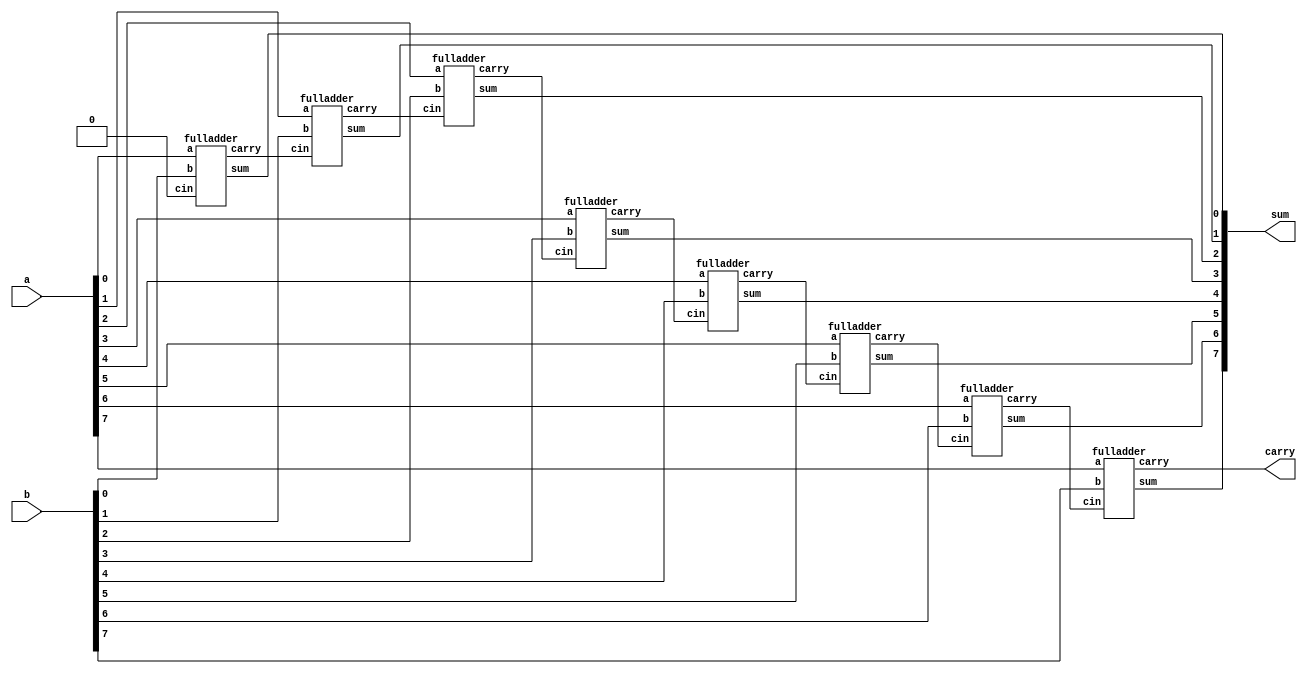
module fulladder_8b (input [7:0] a, b, output carry, output [7:0] sum);
	wire [7:0] x;
	reg cin =0;

	genvar i;
	fulladder fa(a[0], b[0], cin, x[0], sum[0]);
	generate
		for (i=1; i<8; i = i+1) begin
			fulladder fa(a[i], b[i], x[i-1], x[i], sum[i]);
		end
	endgenerate
	assign carry = x[7];
endmodule

module fulladder (input a, b, cin, output carry, sum);
	assign sum = a^b^cin;
	assign carry = (a & b) | ((a^b)&cin);
endmodule